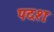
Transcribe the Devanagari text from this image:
पदशः